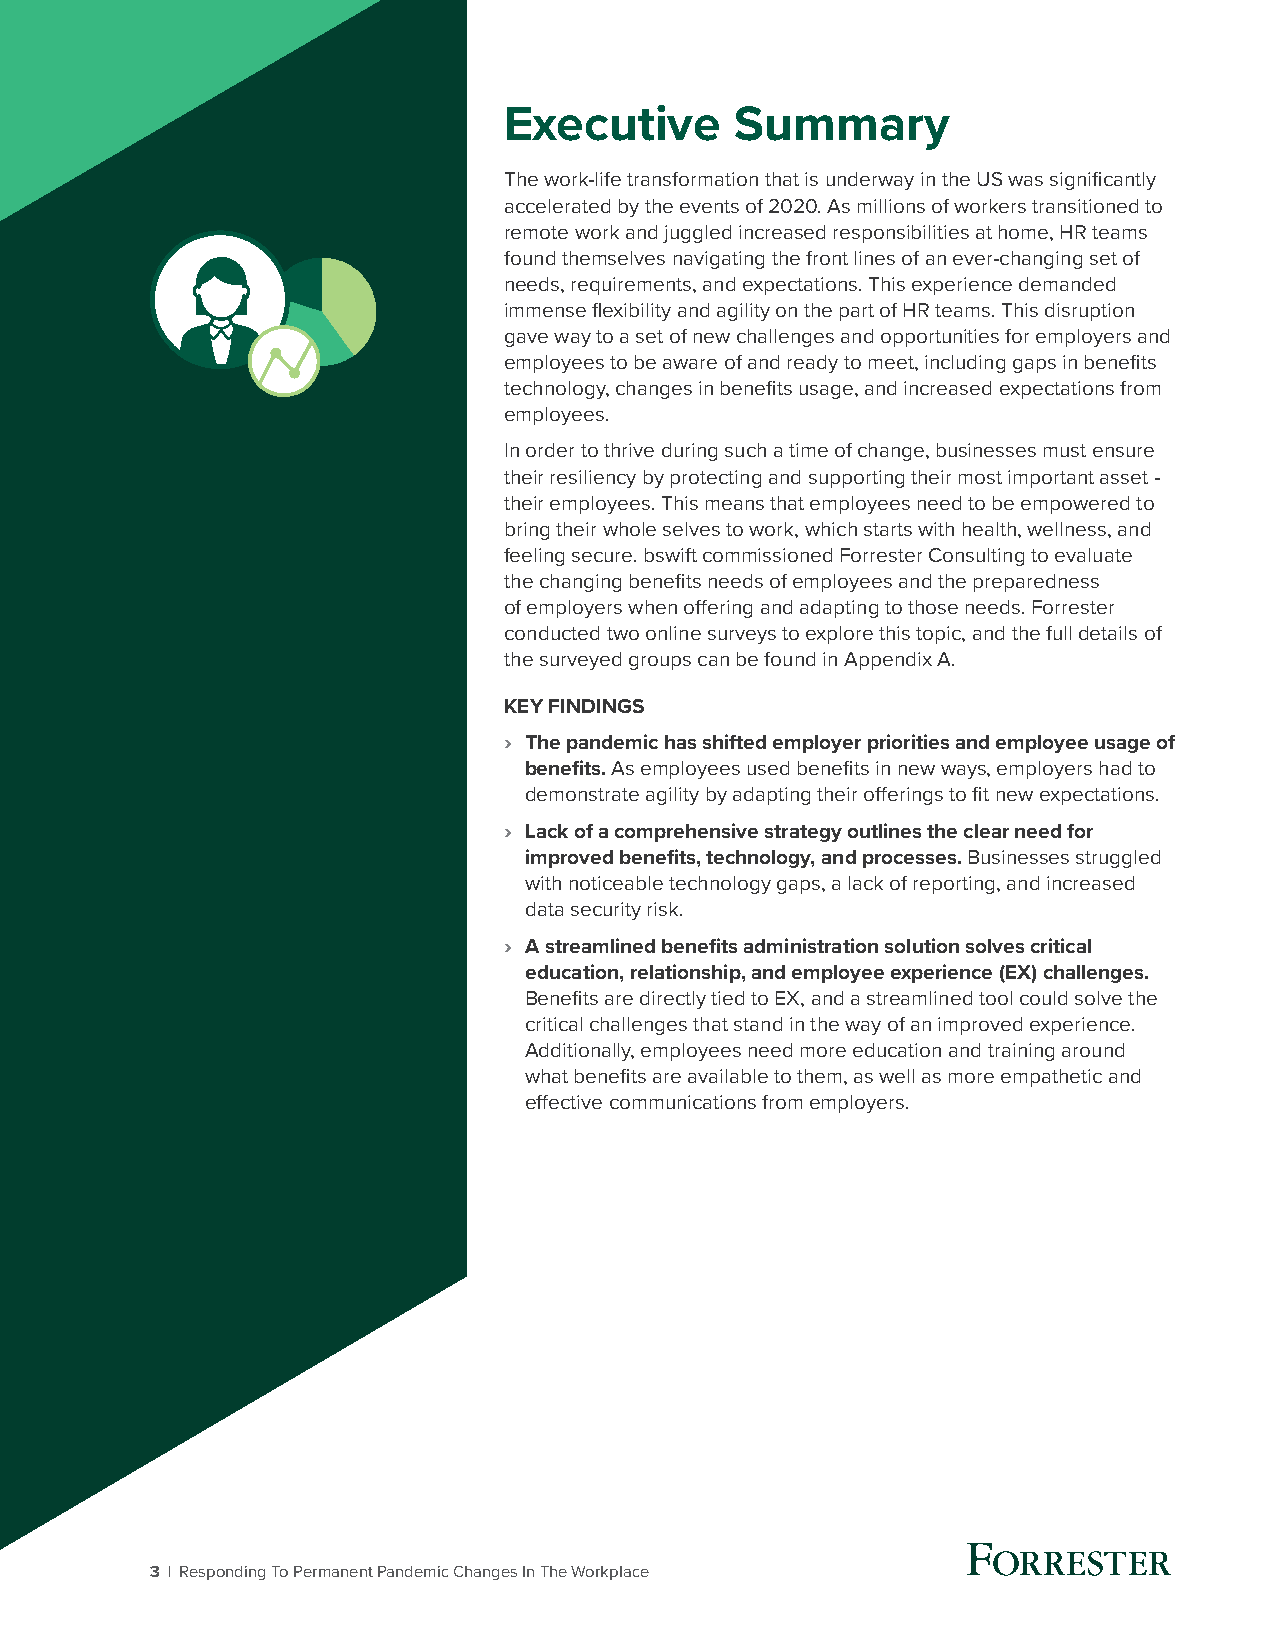
Executive       Summary
 The work-life transformation that is underway in the US was significantly
 accelerated by the events of 2020. As millions of workers transitioned to
 remote work and juggled increased responsibilities at home, HR teams
 found themselves navigating the front lines of an ever-changing set of
 needs, requirements, and expectations. This experience demanded
 immense flexibility and agility on the part of HR teams. This disruption
 gave way to a set of new challenges and opportunities for employers and
 employees to be aware of and ready to meet, including gaps in benefits
 technology, changes in benefits usage, and increased expectations from
 employees.
 In order to thrive during such a time of change, businesses must ensure
 their resiliency by protecting and supporting their most important asset -
 their employees. This means that employees need to be empowered to
 bring their whole selves to work, which starts with health, wellness, and
 feeling secure. bswift commissioned Forrester Consulting to evaluate
 the changing benefits needs of employees and the preparedness
 of employers when offering and adapting to those needs. Forrester
 conducted two online surveys to explore this topic, and the full details of
 the surveyed groups can be found in Appendix A.
 KEY FINDINGS
 › The pandemic has shifted employer priorities and employee usage of
 benefits. As employees used benefits in new ways, employers had to
 demonstrate agility by adapting their offerings to fit new expectations.
 › Lack of a comprehensive strategy outlines the clear need for
 improved benefits, technology, and processes. Businesses struggled
 with noticeable technology gaps, a lack of reporting, and increased
 data security risk.
 › A streamlined benefits administration solution solves critical
 education, relationship, and employee experience (EX) challenges.
 Benefits are directly tied to EX, and a streamlined tool could solve the
 critical challenges that stand in the way of an improved experience.
 Additionally, employees need more education and training around
 what benefits are available to them, as well as more empathetic and
 effective communications from employers.
 3 | Responding To Permanent Pandemic Changes In The Workplace